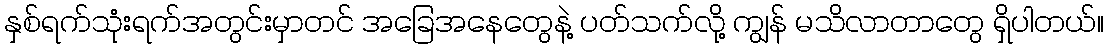
နှစ်ရက်သုံးရက်အတွင်းမှာတင် အခြေအနေတွေနဲ့ ပတ်သက်လို့ ကျွန် မသိလာတာတွေ ရှိပါတယ်။